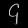
Digit: ၄